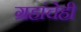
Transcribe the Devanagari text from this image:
ग्रहांचेही